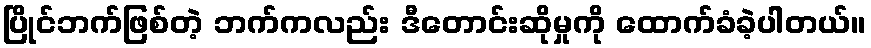
ပြိုင်ဘက်ဖြစ်တဲ့ ဘက်ကလည်း ဒီတောင်းဆိုမှုကို ထောက်ခံခဲ့ပါတယ်။